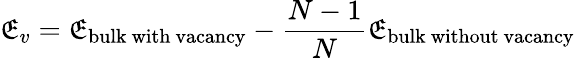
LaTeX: \mathfrak{E}_{v}=\mathfrak{E}_{\mathrm{{bulk\ with\ vacancy}}}-\frac{{N-1}}{{N}}\mathfrak{E}_{\mathrm{{bulk\ without\ vacancy}}}